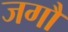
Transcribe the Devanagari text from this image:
जगौ